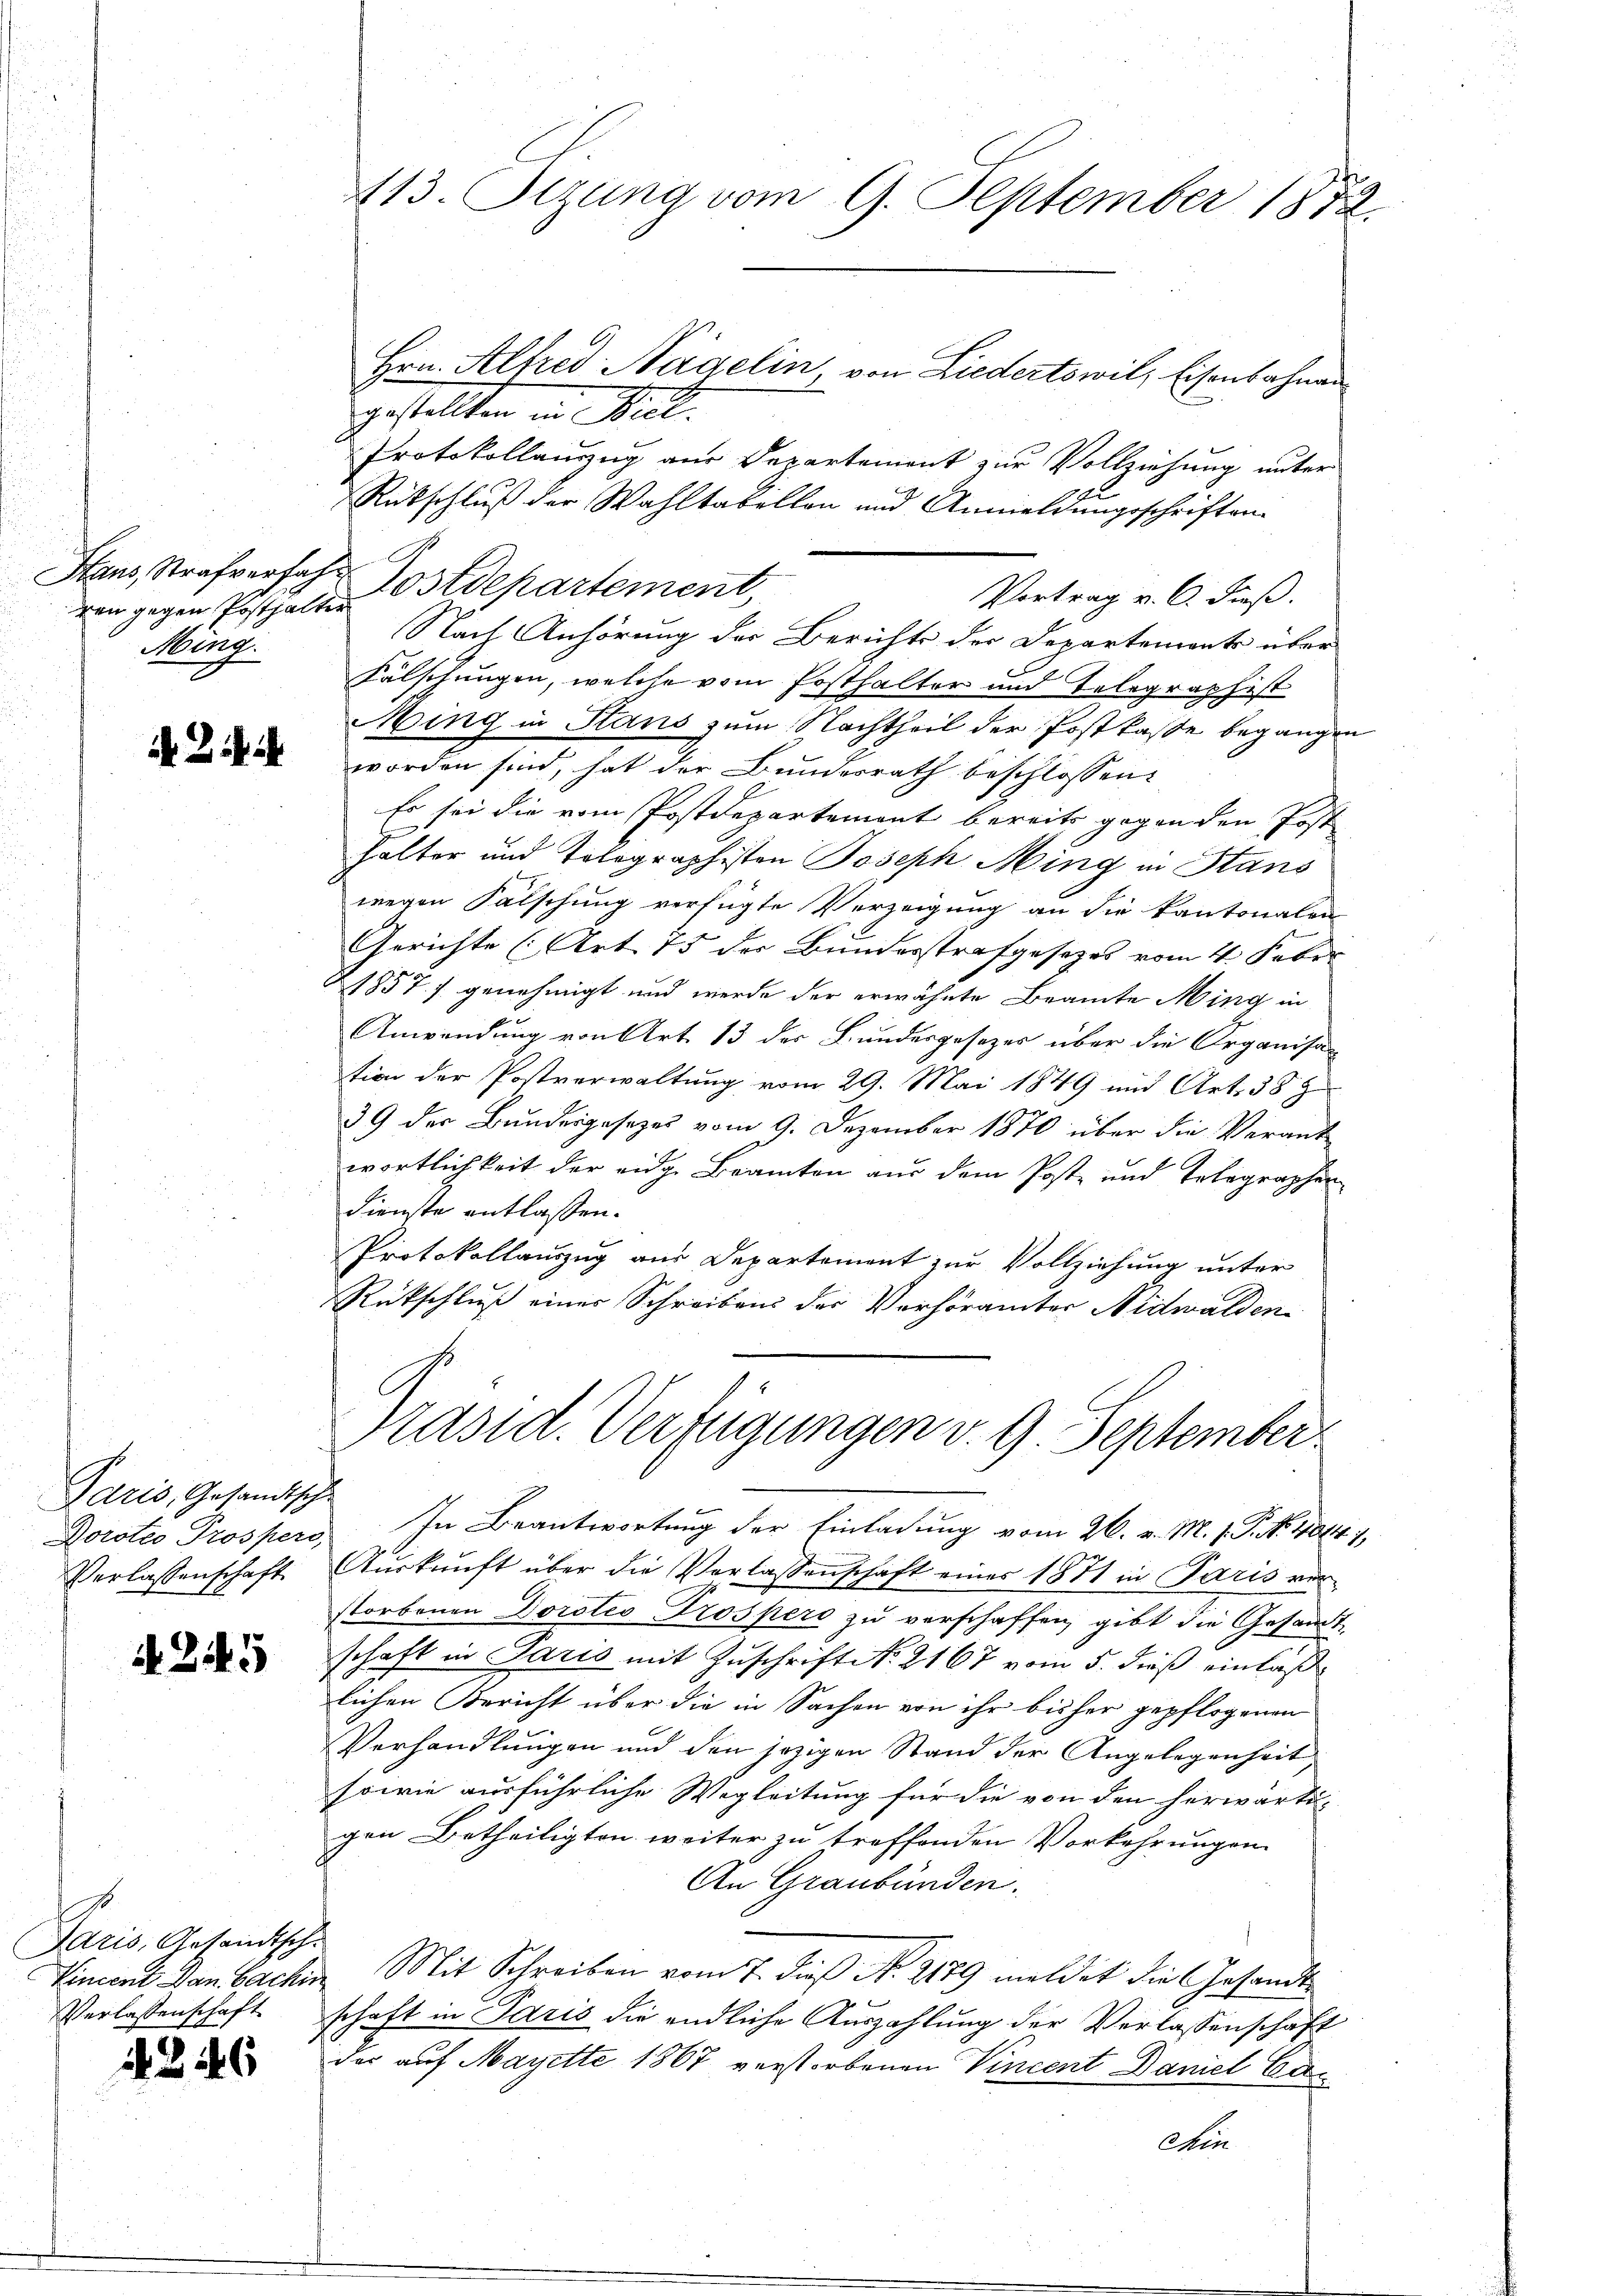
ven gegen Posthalter
Ming.

Z. 4

Paris, Gesandtsche
Verlassenschaft

A. 245

Paris, Gesandtsche
Verlassenschaft

346

Hrn. Alfred Nägelin von Liedertswil, Eisenbahnen
gestellten in Biel.
Protokollanzug aus Departement zur Vollziehung unter
r
Rückschluß der Wahltabellen und Anmeldungsschriften.

Stans, Strafverfahr Postdepartement
Vortrag v. 6. Fuß.
Nach Anhörung der Berichts der Departements über
Falschungen, welche vom Posthalter und Telegraphist
Ming in Stans zum Nachtheil der Postkasse begangen
worden sind, hat der Bundesrath beschlossen:
Es sei die vom Postdepartement bereits gegen den Post
halter und Tolographisten Joseph Ming in Stans
wegen Fälschung verfügte Verzeigung an die Kantonalen
Gerichte (Art. 75 der Bundesstrafgesezes vom 4. Feber
1857./ genehmigt und werde der erwähnte Beamte Ming in
Anwendung von Art. 13 der Bundesgesezes über die Organisa
tion der Postverwaltung vom 29. Mai 1849 und Art. 38 z
39 der Bundesgesezes vom 9. Dezember 1870 über die Verant
wortlichkeit der eidg. Beamten aus dem Post- und Telegraphen
dienste entlassen.
Protokollauszug aus Departement zur Vollziehung unter
Rückschluß einer Schreiben der Verhöramter Nidwalden
Präsid. Verfügungen v. 9. September
Dorotio Prosperg. In Beantwortung der Einladung vom 26. v. M. 1. P. Nr. 4014. 17.
Aŭskŭnft über die Verlassenschaft eines 1871 in Paris ver-
storbenen Dorotio Prospers zu verschaffen, gibt die Gesandt
schaft in Paris mit Zuschrift No. 2167 vom 5. dieß einlaß
lichen Bericht über die in Sachen von ihr bisher gepflogenen
Verhandlungen und den jezigen Stand der Angelegenheit
sowie ausführliche Wegleitung für die von den herwärtigen Betheiligten weiter zu treffenden Vorkehrungen
An Graubünden.
Vincent dan bachen Mit Schreiben vom 7. dieß N. 2179 meldet die Gesandtschaft in Paris die endliche Auszahlung der Verlassenschaft
der auf Mayette 1867 verstorbenen Vincent Daniel Ca¬
Ain

413. Setzung vom 9. September 1873.